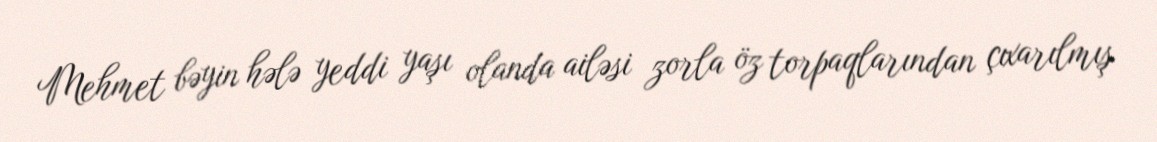
Mehmet bəyin hələ yeddi yaşı olanda ailəsi zorla öz torpaqlarından çıxarılmış